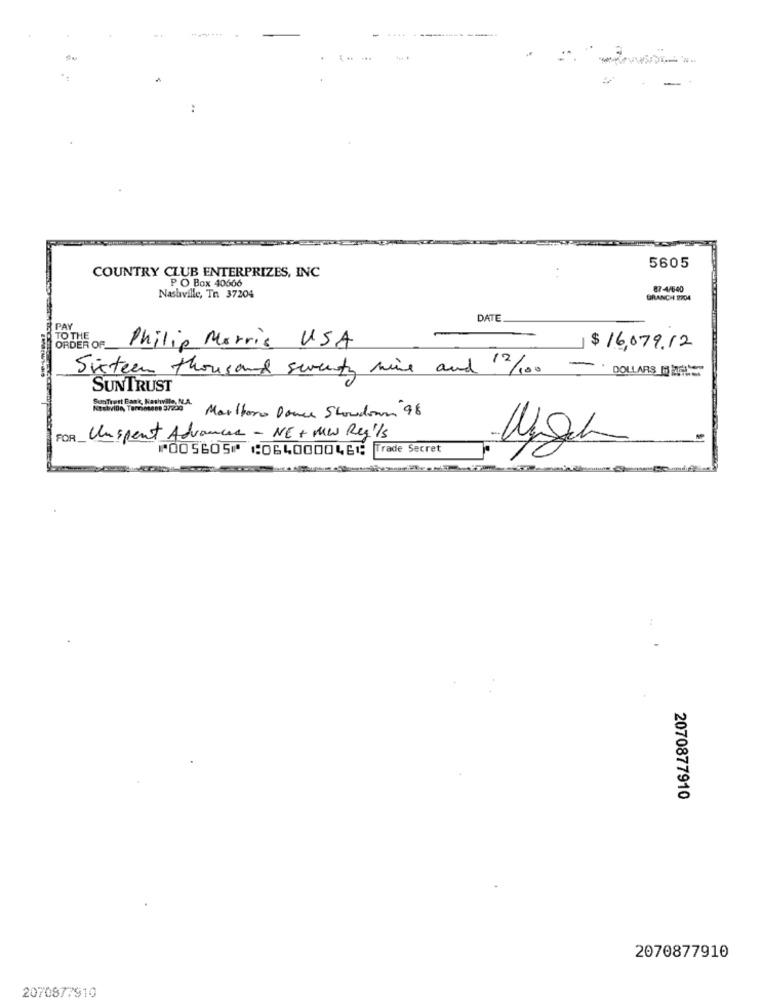
-
5605
COUNTRY CLUB ENTERPRIZES, INC
P O Box 40666
87-4/640
Nashville, Tn 37204
BRANCH 2704
DATE
PAY
TO THE
Philip Morris USA
ORDER OF
$ 16,079.12
Sistem thousand sweety mine and 2/100
-..
DOLLARS DETHE
SUNTRUST
Calvin, Temoson 3120 Marlboro Dance Showdown 98
FOR Unspent Advances - NE+ MW Rey'ls
⑈005605⑈ ⑆064000046⑆ Trade Secret
2070877910
2070877910
2070877910